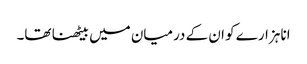
انا ہزارے کو ان کے درمیان میں بیٹھنا تھا۔